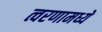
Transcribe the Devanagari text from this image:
त्वरणामध्ये